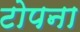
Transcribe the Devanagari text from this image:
टोपना